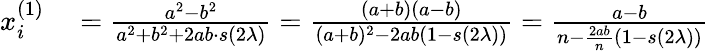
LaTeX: \begin{array}{rl}{x_{i}^{(1)}}&{{}=\frac{a^{2}-b^{2}}{a^{2}+b^{2}+2ab\cdot{s(2\lambda)}}=\frac{(a+b)(a-b)}{(a+b)^{2}-2ab(1-{s(2\lambda)})}=\frac{a-b}{n-\frac{2ab}{n}(1-{s(2\lambda)})}}\end{array}